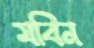
মবিন